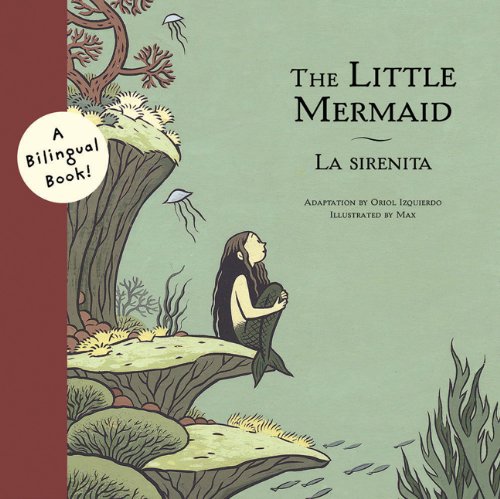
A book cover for The Little Mermaid/La Sirenita (Bilingual Fairy Tales); Children's Books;